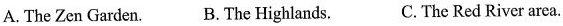
A.The Zen Garden. B.The Highlands. C.The Red River area.